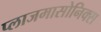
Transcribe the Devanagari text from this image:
प्लाजमासोनिक्स